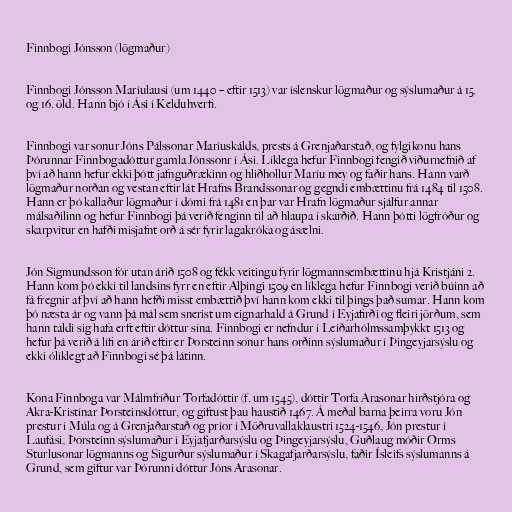
Finnbogi Jónsson (lögmaður)

Finnbogi Jónsson Maríulausi (um 1440 – eftir 1513) var íslenskur lögmaður og sýslumaður á 15.
og 16. öld. Hann bjó í Ási í Kelduhverfi.

Finnbogi var sonur Jóns Pálssonar Maríuskálds, prests á Grenjaðarstað, og fylgikonu hans
Þórunnar Finnbogadóttur gamla Jónssonr í Ási. Líklega hefur Finnbogi fengið viðurnefnið af
því að hann hefur ekki þótt jafnguðrækinn og hliðhollur Maríu mey og faðir hans. Hann varð
lögmaður norðan og vestan eftir lát Hrafns Brandssonar og gegndi embættinu frá 1484 til 1508.
Hann er þó kallaður lögmaður í dómi frá 1481 en þar var Hrafn lögmaður sjálfur annar
málsaðilinn og hefur Finnbogi þá verið fenginn til að hlaupa í skarðið. Hann þótti lögfróður og
skarpvitur en hafði misjafnt orð á sér fyrir lagakróka og ásælni.

Jón Sigmundsson fór utan árið 1508 og fékk veitingu fyrir lögmannsembættinu hjá Kristjáni 2.
Hann kom þó ekki til landsins fyrr en eftir Alþingi 1509 en líklega hefur Finnbogi verið búinn að
fá fregnir af því að hann hefði misst embættið því hann kom ekki til þings það sumar. Hann kom
þó næsta ár og vann þá mál sem snerist um eignarhald á Grund í Eyjafirði og fleiri jörðum, sem
hann taldi sig hafa erft eftir dóttur sína. Finnbogi er nefndur í Leiðarhólmssamþykkt 1513 og
hefur þá verið á lífi en árið eftir er Þorsteinn sonur hans orðinn sýslumaður í Þingeyjarsýslu og
ekki ólíklegt að Finnbogi sé þá látinn.

Kona Finnboga var Málmfríður Torfadóttir (f. um 1545), dóttir Torfa Arasonar hirðstjóra og
Akra-Kristínar Þorsteinsdóttur, og giftust þau haustið 1467. Á meðal barna þeirra voru Jón
prestur í Múla og á Grenjaðarstað og príor í Möðruvallaklaustri 1524-1546, Jón prestur í
Laufási, Þorsteinn sýslumaður í Eyjafjarðarsýslu og Þingeyjarsýslu, Guðlaug móðir Orms
Sturlusonar lögmanns og Sigurður sýslumaður í Skagafjarðarsýslu, faðir Ísleifs sýslumanns á
Grund, sem giftur var Þórunni dóttur Jóns Arasonar.